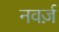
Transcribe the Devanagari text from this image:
नवर्ज़